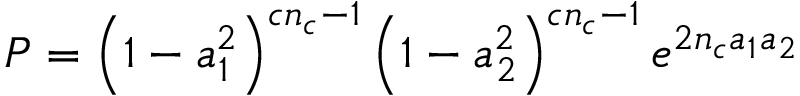
P = \left( 1 - a _ { 1 } ^ { 2 } \right) ^ { c n _ { c } - 1 } \left( 1 - a _ { 2 } ^ { 2 } \right) ^ { c n _ { c } - 1 } e ^ { 2 n _ { c } a _ { 1 } a _ { 2 } }